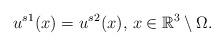
LaTeX: \begin{align*}{u^s}^1(x)={u^s}^2(x),\,x\in\mathbb{R}^3\setminus \Omega.\end{align*}